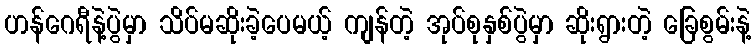
ဟန်ဂေရီနဲ့ပွဲမှာ သိပ်မဆိုးခဲ့ပေမယ့် ကျန်တဲ့ အုပ်စုနှစ်ပွဲမှာ ဆိုးရွားတဲ့ ခြေစွမ်းနဲ့